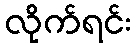
လိုက်ရင်း